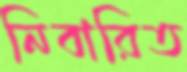
নিবারিত